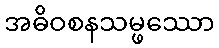
အဓိဝစနသမ္ဖဿော